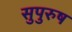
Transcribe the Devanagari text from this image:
सुपुरुष